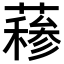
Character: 𬞣